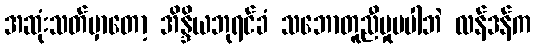
အဆုံးသတ်မှာတော့ အိန္ဒိယဘုရင်ခံ သဘောတူညီမှုမပါဘဲ လန်ဒန်က